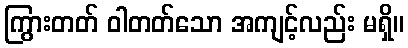
ကြွားတတ် ဝါတတ်သော အကျင့်လည်း မရှိ။